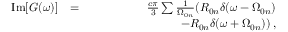
\begin{array} { r l r } { \mathrm { I m } [ G ( \omega ) ] } & { = } & { \frac { c \pi } { 3 } \sum \frac { 1 } { \Omega _ { 0 n } } ( R _ { 0 n } \delta ( \omega - \Omega _ { 0 n } ) } \\ & { } & { \, \, \, \, \, \, \, \, \, \, \, \, \, \, \, \, \, \, \, \, \, \, \, \, \, \, \, \, \, \, \, \, \, \, \, \, \, \, \, \, \, \, \, \, \, \, - R _ { 0 n } \delta ( \omega + \Omega _ { 0 n } ) ) \, , } \end{array}